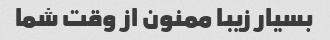
بسیار زیبا ممنون از وقت شما